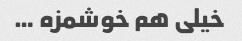
خیلی هم خوشمزه …